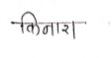
मजकूर: किनारा